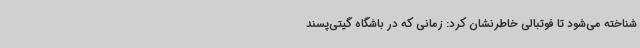
شناخته می‌شود تا فوتبالی خاطرنشان کرد: زمانی که در باشگاه گیتی‌پسند